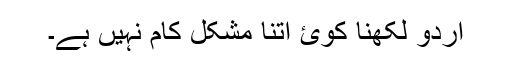
اردو لکھنا کوئ اتنا مشکل کام نہیں ہے۔